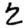
Digit: 2